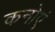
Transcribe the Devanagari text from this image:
कनोएं